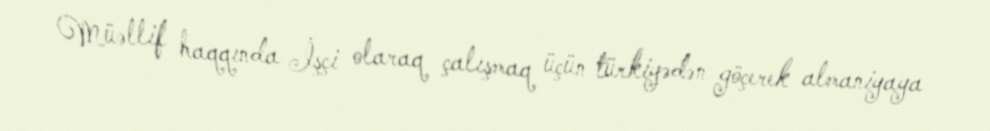
Müəllif haqqında İşçi olaraq çalışmaq üçün türkiyədən göçerek almaniyaya